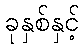
ခုနှစ်နှင့်